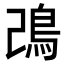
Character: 𩾠